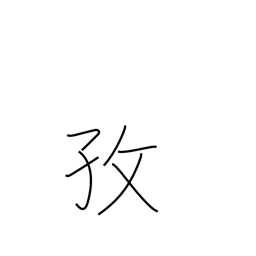
Meaning: industriousness